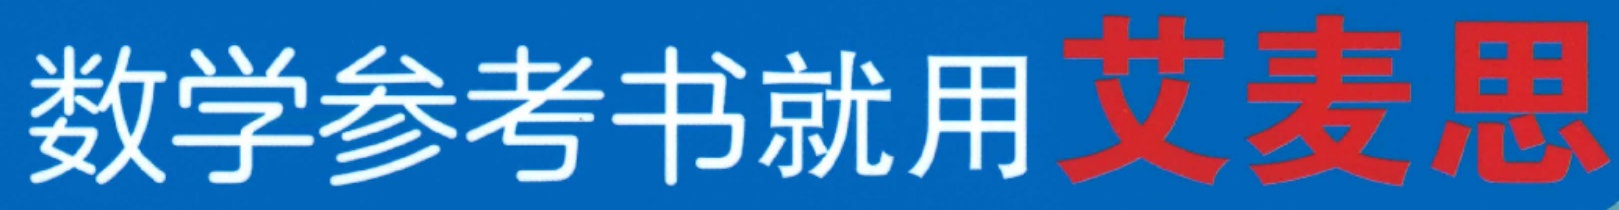
数学参考书就用艾麦思